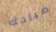
صباحك